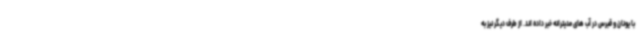
با یونان و قبرس در آب های مدیترانه خبر داده اند. از طرف دیگر نیز به